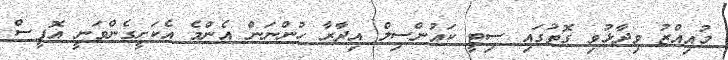
މުއިއްޒު ވިދާޅުވި ގޮތުގައި ސިޓީ ކައުންސިލް އިދާރާ ހުންނަން އެންމެ އެކަށީގެންވަނީ އޮފީސް